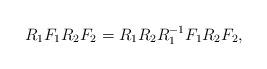
LaTeX: \begin{align*}R_1 F_1 R_2 F_2 = R_1 R_2 R^{-1}_1 F_1 R_2 F_2,\end{align*}